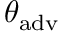
\theta _ { \mathrm { a d v } }